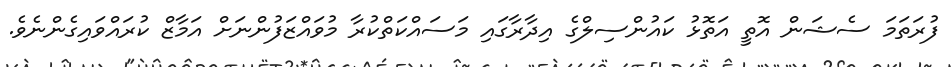
ފުރަތަމަ ސެޝަން އޮތީ އަތޮޅު ކައުންސިލްގެ އިދާރާގައި މަސައްކަތްކުރާ މުވައްޒަފުންނަށް އަމާޒް ކުރައްވައިގެންނެވެ.